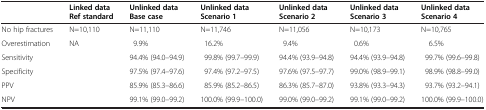
<table><thead><tr><td>[EMPTY_CELL]</td><td><b>Linked data</b></td><td><b>Unlinked data</b></td><td><b>Unlinked data</b></td><td><b>Unlinked data</b></td><td><b>Unlinked data</b></td><td><b>Unlinked data</b></td></tr><tr><td>[EMPTY_CELL]</td><td><b>Ref standard</b></td><td><b>Base case</b></td><td><b>Scenario 1</b></td><td><b>Scenario 2</b></td><td><b>Scenario 3</b></td><td><b>Scenario 4</b></td></tr></thead><tbody><tr><td>No hip fractures</td><td>N=10,110</td><td>N=11,110</td><td>N=11,746</td><td>N=11,056</td><td>N=10,173</td><td>N=10,765</td></tr><tr><td>Overestimation</td><td>NA</td><td>9.9%</td><td>16.2%</td><td>9.4%</td><td>0.6%</td><td>6.5%</td></tr><tr><td>Sensitivity</td><td>[EMPTY_CELL]</td><td>94.4% (94.0–94.9)</td><td>99.8% (99.7–99.9)</td><td>94.4% (93.9–94.8)</td><td>94.4% (93.9–94.8)</td><td>99.7% (99.6–99.8)</td></tr><tr><td>Specificity</td><td>[EMPTY_CELL]</td><td>97.5% (97.4–97.6)</td><td>97.4% (97.2–97.5)</td><td>97.6% (97.5–97.7)</td><td>99.0% (98.9–99.1)</td><td>98.9% (98.8–99.0)</td></tr><tr><td>PPV</td><td>[EMPTY_CELL]</td><td>85.9% (85.3–86.6)</td><td>85.9% (85.2–86.5)</td><td>86.3% (85.7–87.0)</td><td>93.8% (93.3–94.3)</td><td>93.7% (93.2–94.1)</td></tr><tr><td>NPV</td><td>[EMPTY_CELL]</td><td>99.1% (99.0–99.2)</td><td>100.0% (99.9–100.0)</td><td>99.0% (99.0–99.2)</td><td>99.1% (99.0–99.2)</td><td>100.0% (99.9–100.0)</td></tr></tbody></table>